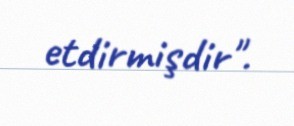
etdirmişdir".